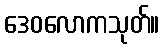
ဒေဝလောကသုတ်။